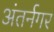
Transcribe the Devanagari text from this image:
अंतर्नगर